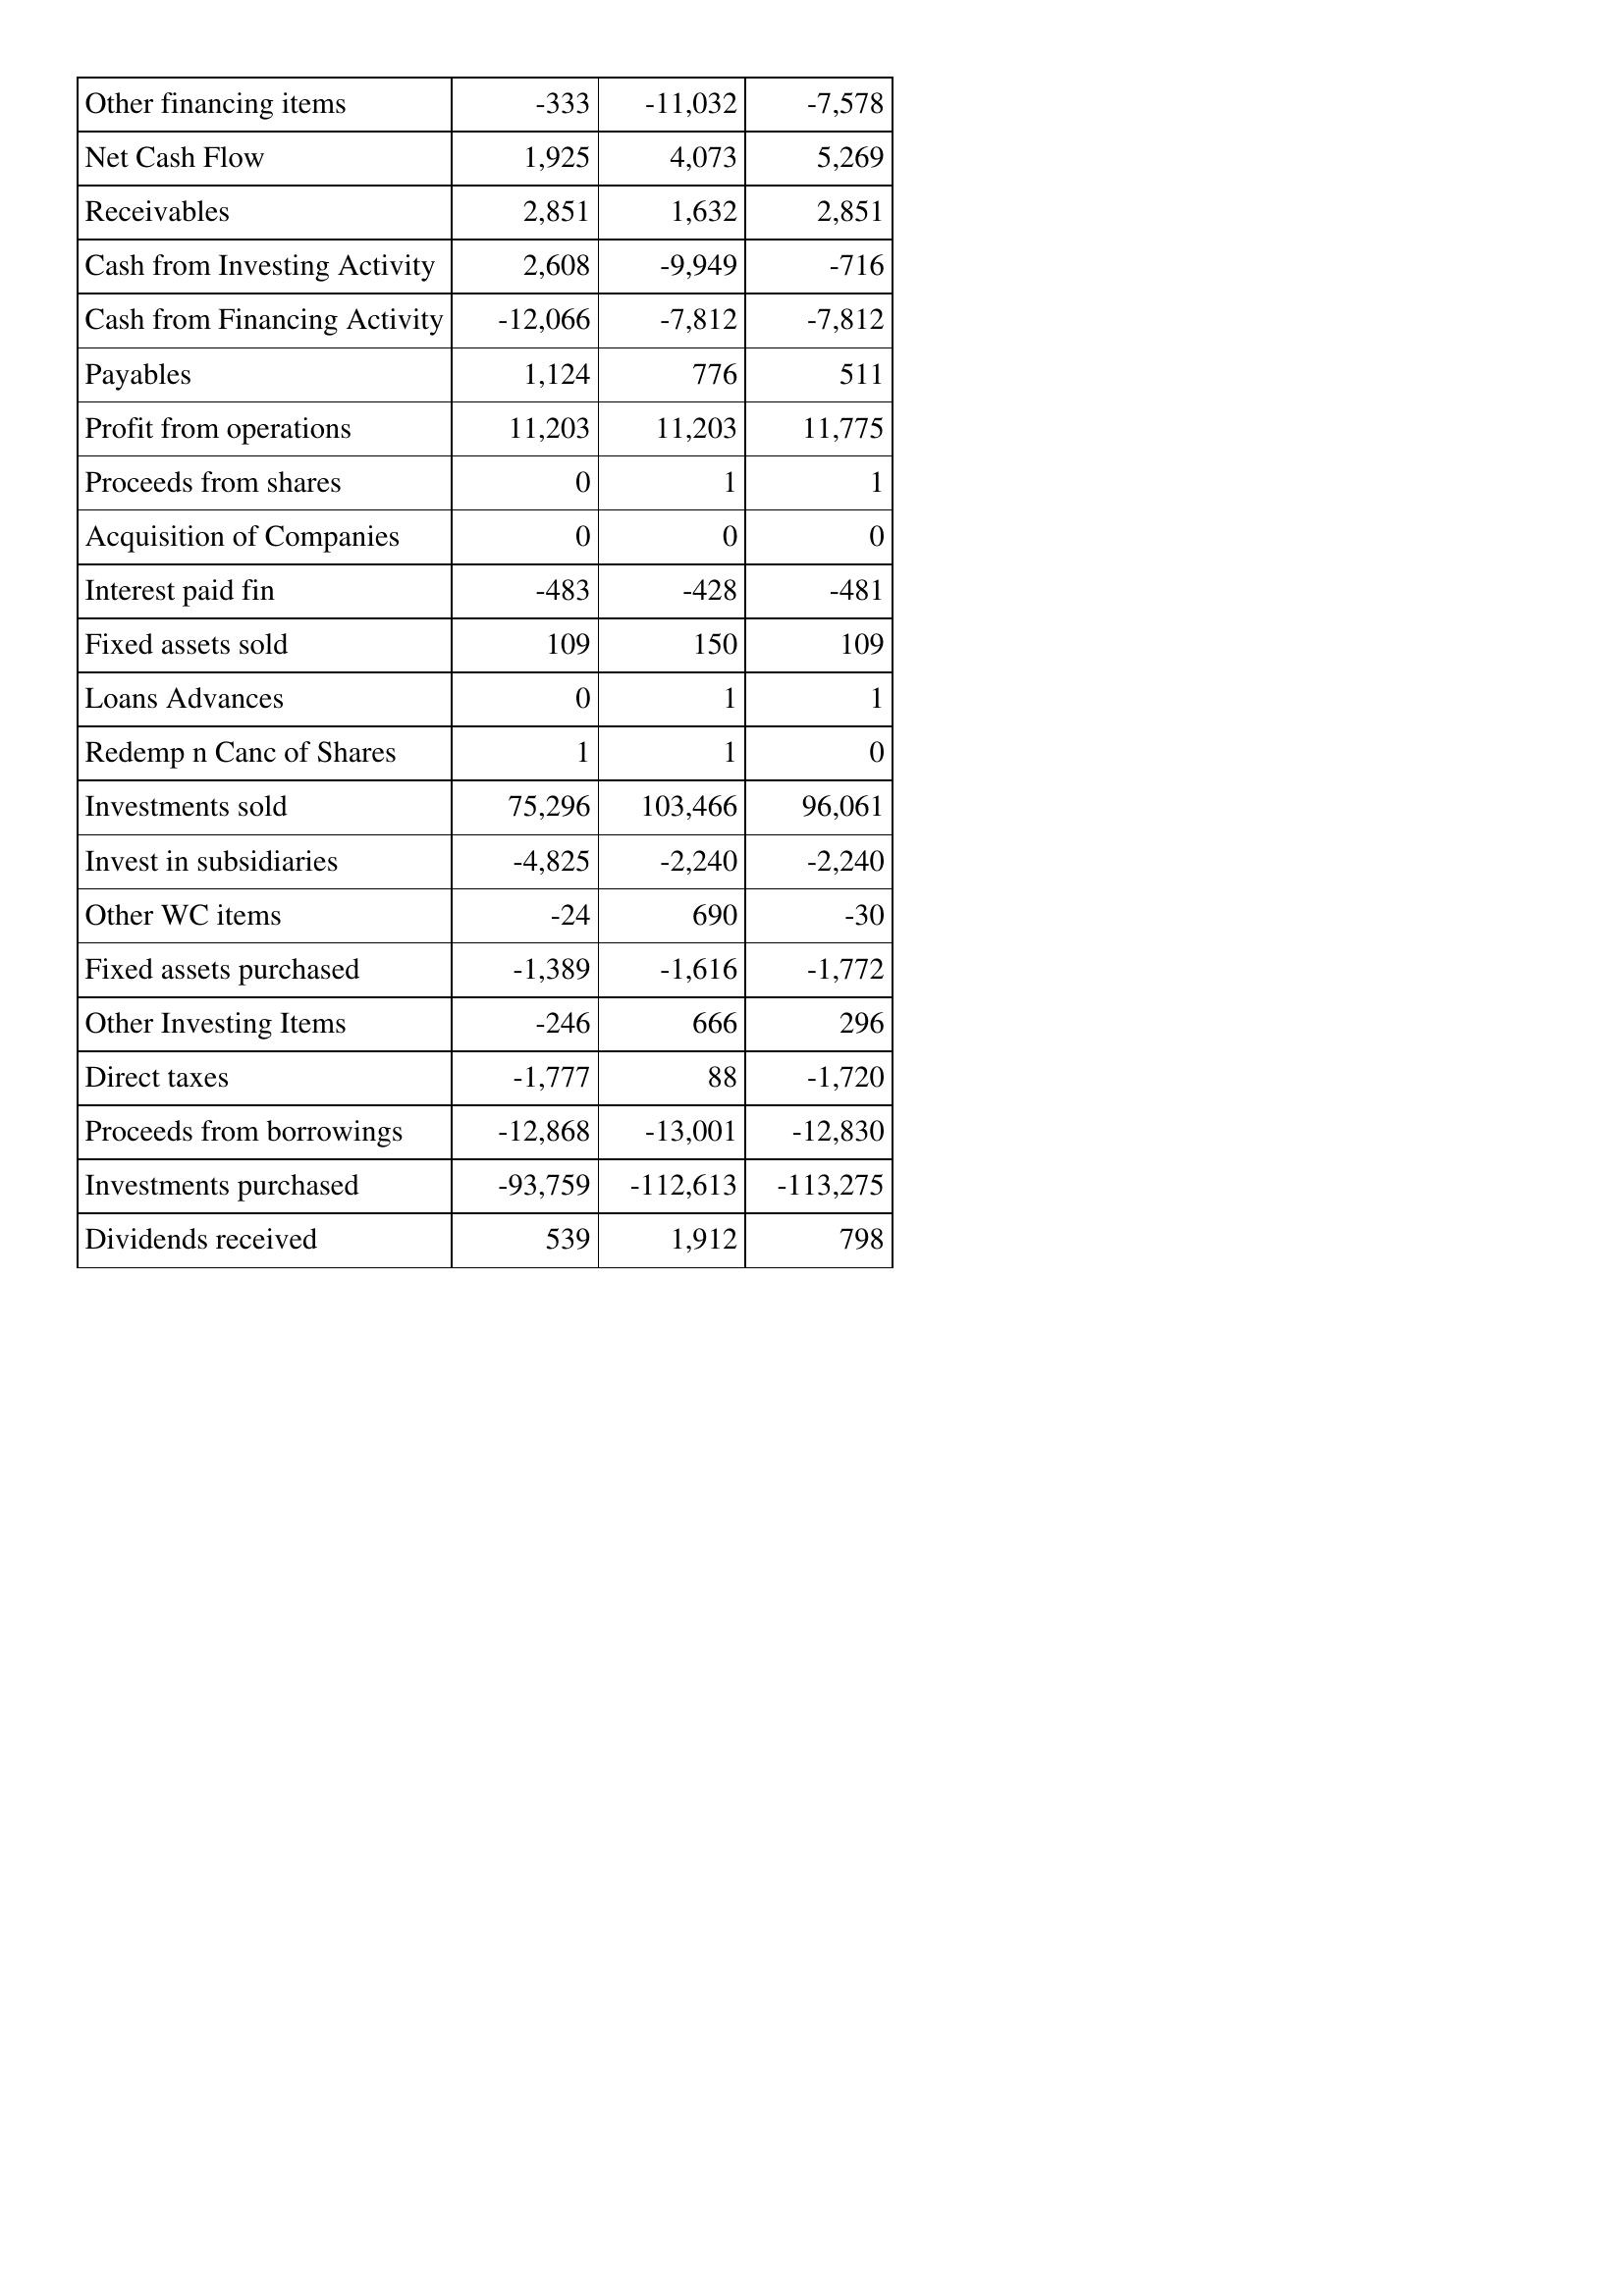
Apr-13: Cash Flows: Other financing items: -333
Net Cash Flow: 1,925
Receivables: 2,851
Cash from Investing Activity: 2,608
Cash from Financing Activity: -12,066
Payables: 1,124
Profit from operations: 11,203
Proceeds from shares: 0
Acquisition of Companies: 0
Interest paid fin: -483
Fixed assets sold: 109
Loans Advances: 0
Redemp n Canc of Shares: 1
Investments sold: 75,296
Invest in subsidiaries: -4,825
Other WC items: -24
Fixed assets purchased: -1,389
Other Investing Items: -246
Direct taxes: -1,777
Proceeds from borrowings: -12,868
Investments purchased: -93,759
Dividends received: 539
Apr-12: Cash Flows: Other financing items: -11,032
Net Cash Flow: 4,073
Receivables: 1,632
Cash from Investing Activity: -9,949
Cash from Financing Activity: -7,812
Payables: 776
Profit from operations: 11,203
Proceeds from shares: 1
Acquisition of Companies: 0
Interest paid fin: -428
Fixed assets sold: 150
Loans Advances: 1
Redemp n Canc of Shares: 1
Investments sold: 103,466
Invest in subsidiaries: -2,240
Other WC items: 690
Fixed assets purchased: -1,616
Other Investing Items: 666
Direct taxes: 88
Proceeds from borrowings: -13,001
Investments purchased: -112,613
Dividends received: 1,912
Apr-11: Cash Flows: Other financing items: -7,578
Net Cash Flow: 5,269
Receivables: 2,851
Cash from Investing Activity: -716
Cash from Financing Activity: -7,812
Payables: 511
Profit from operations: 11,775
Proceeds from shares: 1
Acquisition of Companies: 0
Interest paid fin: -481
Fixed assets sold: 109
Loans Advances: 1
Redemp n Canc of Shares: 0
Investments sold: 96,061
Invest in subsidiaries: -2,240
Other WC items: -30
Fixed assets purchased: -1,772
Other Investing Items: 296
Direct taxes: -1,720
Proceeds from borrowings: -12,830
Investments purchased: -113,275
Dividends received: 798